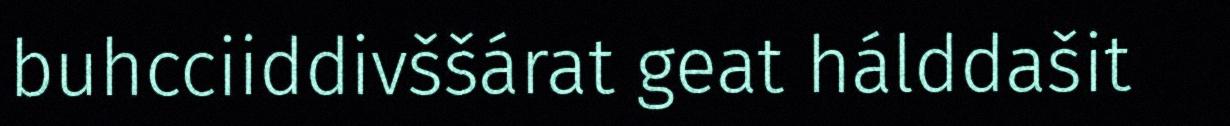
buhcciiddivššárat geat hálddašit